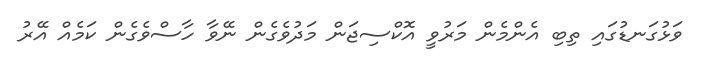
ވަޅުގަނޑުގައި ތިބި އެންމެން މަރުވީ އޮކްސިޖަން މަދުވެގެން ނޭވާ ހާސްވެގެން ކަމެއް އޭރު